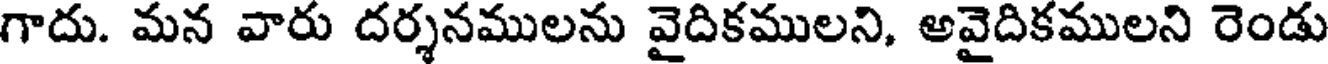
గాదు. మన వారు దర్శనములను వైదికములని, అవైదికములని రెండు